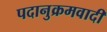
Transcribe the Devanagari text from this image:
पदानुक्रमवादी